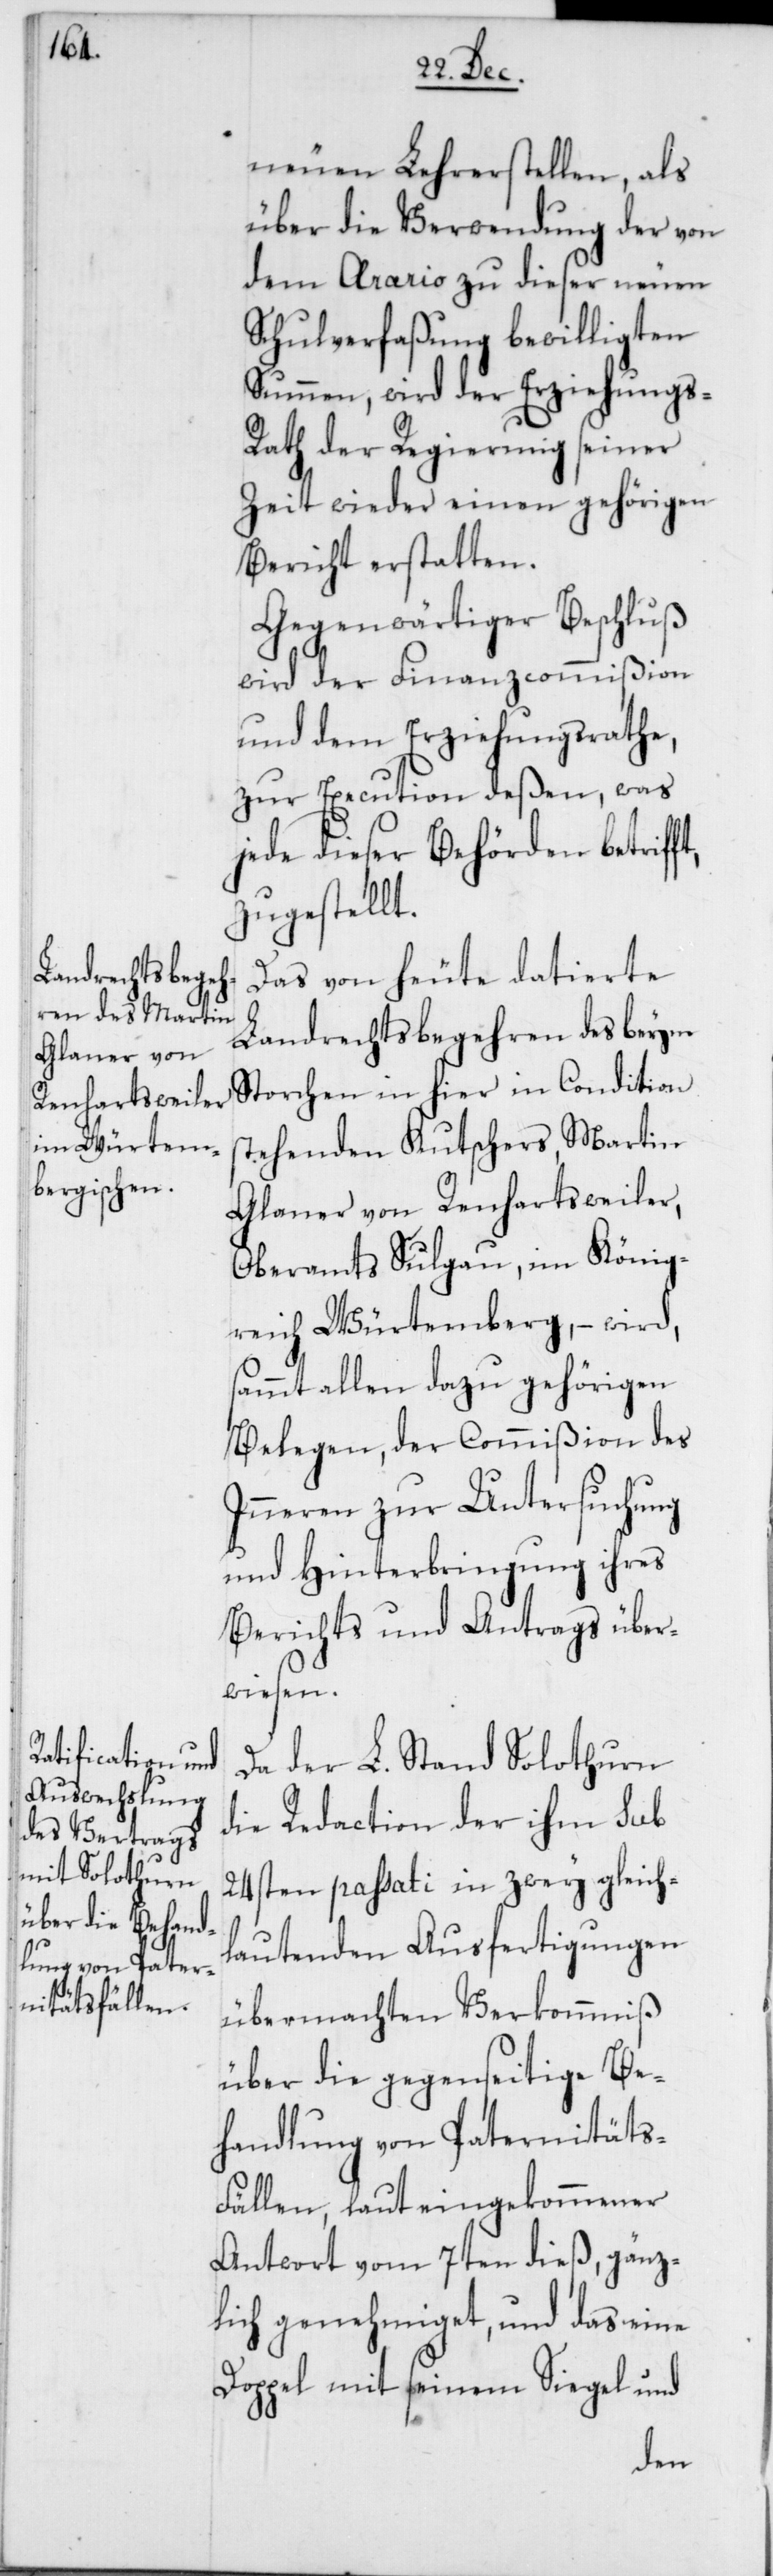
neuen Lehrerstellen, als
über die Verwendung der von
dem Arario zu dieser neuen
Schulverfaßung bewilligten
Summen, wird der Erziehungs-R¬
ath der Regierung seiner
Zeit wieder einen gehörigen
Bericht erstatten.
Gegenwärtiger Beschluß
wird der Finanzcommißion
und dem Erziehungsrathe,
zur Execution deßen, was
jede dieser Behörden betrifft,
zugestellt.
Das von heute datierte
Landrechtsbegehren des beym
Storchen in hier in Condition
stehenden Kutschers, Martin
Glaner von Renhartsweiler,
Oberamts Sulgau, im König¬
reich Würtemberg, – wird
sammt allen dazu gehörigen
Belegen, der Commißion des
Inneren zur Untersuchung
und Hinterbringung ihres
Berichts und Antrags über¬
wiesen.
Da der L. Stand Solothurn
die Redaction des ihm sub
24sten passati in zwey gleich¬
lautenden Ausfertigungen
übermachten Verkommniß
über die gegenseitige Be¬
handlung von Paternitäts-F¬
ällen, laut eingekommener
Antwort vom 7ten dieß, gänz¬
lich genehmiget, und das eine
Doppel mit seinem Siegel und